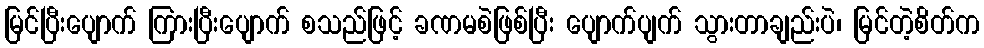
မြင်ပြီးပျောက် ကြားပြီးပျောက် စသည်ဖြင့် ခဏမစဲဖြစ်ပြီး ပျောက်ပျက် သွားတာချည်းပဲ၊ မြင်တဲ့စိတ်က